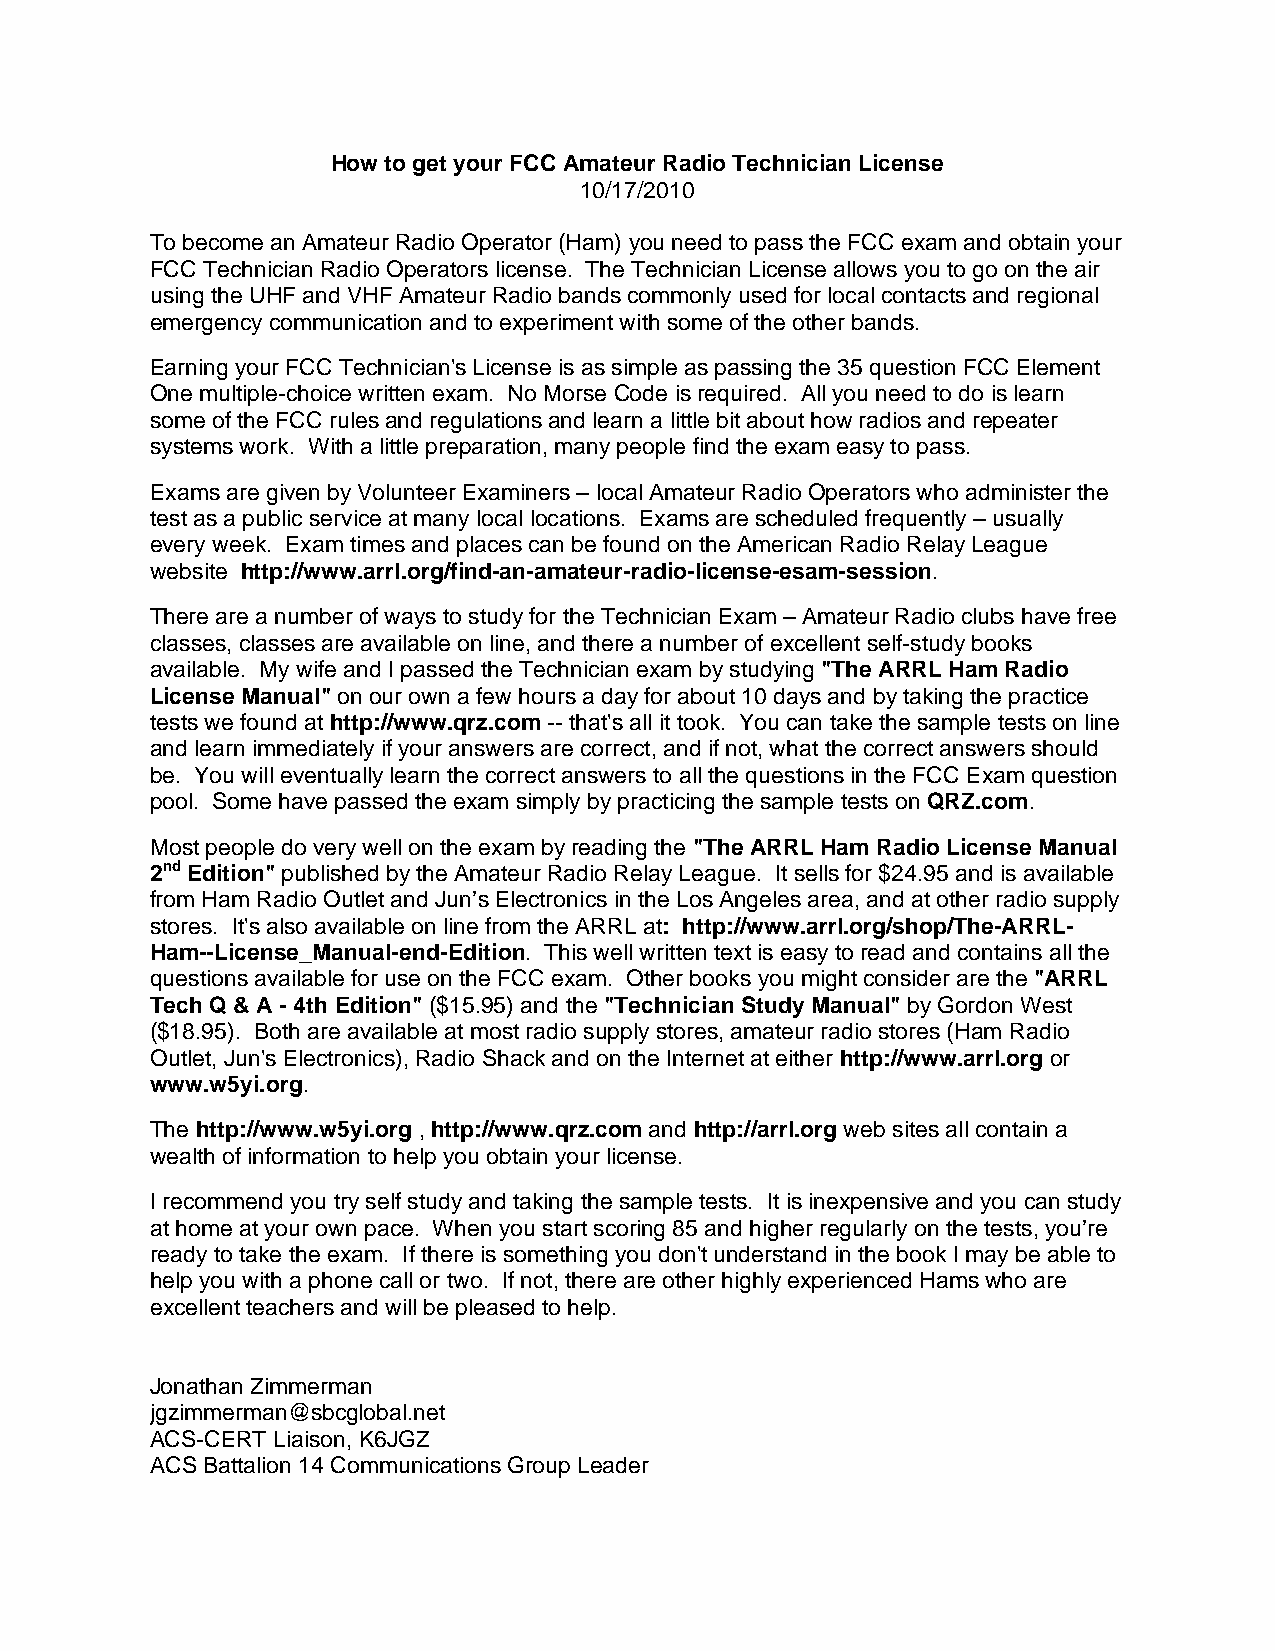
How to get your FCC Amateur Radio Technician License
 10/17/2010
 To become an Amateur Radio Operator (Ham) you need to pass the FCC exam and obtain your
 FCC Technician Radio Operators license. The Technician License allows you to go on the air
 using the UHF and VHF Amateur Radio bands commonly used for local contacts and regional
 emergency communication and to experiment with some of the other bands.
 Earning your FCC Technician's License is as simple as passing the 35 question FCC Element
 One multiple-choice written exam. No Morse Code is required. All you need to do is learn
 some of the FCC rules and regulations and learn a little bit about how radios and repeater
 systems work. With a little preparation, many people find the exam easy to pass.
 Exams are given by Volunteer Examiners – local Amateur Radio Operators who administer the
 test as a public service at many local locations. Exams are scheduled frequently – usually
 every week. Exam times and places can be found on the American Radio Relay League
 website http://www.arrl.org/find-an-amateur-radio-license-esam-session.
 There are a number of ways to study for the Technician Exam – Amateur Radio clubs have free
 classes, classes are available on line, and there a number of excellent self-study books
 available. My wife and I passed the Technician exam by studying "The ARRL Ham Radio
 License Manual" on our own a few hours a day for about 10 days and by taking the practice
 tests we found at http://www.qrz.com -- that's all it took. You can take the sample tests on line
 and learn immediately if your answers are correct, and if not, what the correct answers should
 be. You will eventually learn the correct answers to all the questions in the FCC Exam question
 pool. Some have passed the exam simply by practicing the sample tests on QRZ.com.
 Most people do very well on the exam by reading the "The ARRL Ham Radio License Manual
 2nd Edition" published by the Amateur Radio Relay League. It sells for $24.95 and is available
 from Ham Radio Outlet and Jun’s Electronics in the Los Angeles area, and at other radio supply
 stores. It's also available on line from the ARRL at: http://www.arrl.org/shop/The-ARRL-
 Ham--License_Manual-end-Edition. This well written text is easy to read and contains all the
 questions available for use on the FCC exam. Other books you might consider are the "ARRL
 Tech Q & A - 4th Edition" ($15.95) and the "Technician Study Manual" by Gordon West
 ($18.95). Both are available at most radio supply stores, amateur radio stores (Ham Radio
 Outlet, Jun's Electronics), Radio Shack and on the Internet at either http://www.arrl.org or
 www.w5yi.org.
 The http://www.w5yi.org , http://www.qrz.com and http://arrl.org web sites all contain a
 wealth of information to help you obtain your license.
 I recommend you try self study and taking the sample tests. It is inexpensive and you can study
 at home at your own pace. When you start scoring 85 and higher regularly on the tests, you’re
 ready to take the exam. If there is something you don't understand in the book I may be able to
 help you with a phone call or two. If not, there are other highly experienced Hams who are
 excellent teachers and will be pleased to help.
 Jonathan Zimmerman
 jgzimmerman@sbcglobal.net
 ACS-CERT Liaison, K6JGZ
 ACS Battalion 14 Communications Group Leader